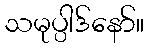
သမုပ္ပါဒ်နော်။